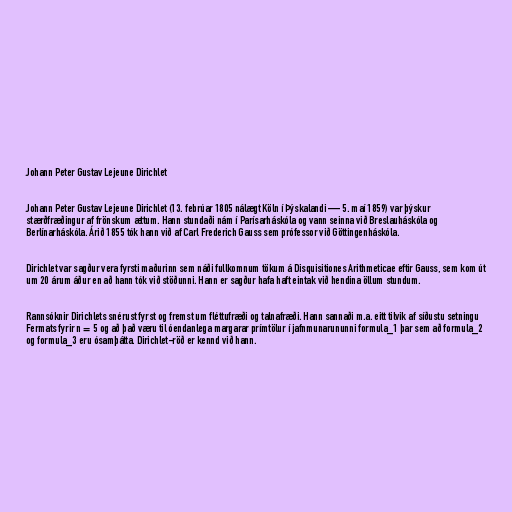
Johann Peter Gustav Lejeune Dirichlet

Johann Peter Gustav Lejeune Dirichlet (13. febrúar 1805 nálægt Köln í Þýskalandi — 5. maí 1859) var þýskur
stærðfræðingur af frönskum ættum. Hann stundaði nám í Parísarháskóla og vann seinna við Breslauháskóla og
Berlínarháskóla. Árið 1855 tók hann við af Carl Frederich Gauss sem prófessor við Göttingenháskóla.

Dirichlet var sagður vera fyrsti maðurinn sem náði fullkomnum tökum á Disquisitiones Arithmeticae eftir Gauss, sem kom út
um 20 árum áður en að hann tók við stöðunni. Hann er sagður hafa haft eintak við hendina öllum stundum.

Rannsóknir Dirichlets snérust fyrst og fremst um fléttufræði og talnafræði. Hann sannaði m.a. eitt tilvik af síðustu setningu
Fermats fyrir n = 5 og að það væru til óendanlega margarar prímtölur í jafnmunarununni formula_1 þar sem að formula_2
og formula_3 eru ósamþátta. Dirichlet-röð er kennd við hann.